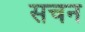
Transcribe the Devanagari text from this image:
सचन